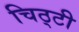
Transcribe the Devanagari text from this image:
चिठ्टी